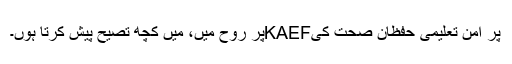
پر امن تعلیمی حفظان صحت کیKAEFپر روح میں، میں کچھ تصیح پیش کرتا ہوں۔